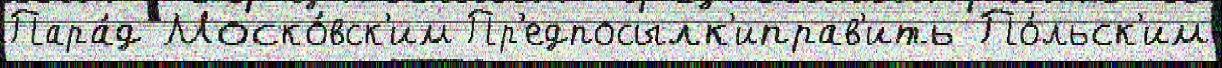
Пара́д Моско́вск'им Пр'едпосылк'иправ'ить По́льск'им